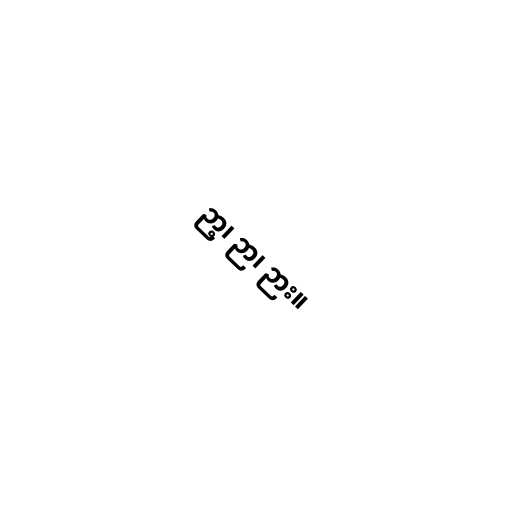
ဉာ့၊ ဉာ၊ ဉား။